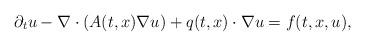
LaTeX: \begin{align*}\partial_{t} u - \nabla \cdot(A(t,x) \nabla u)+q(t,x)\cdot\nabla u=f(t,x,u),\end{align*}